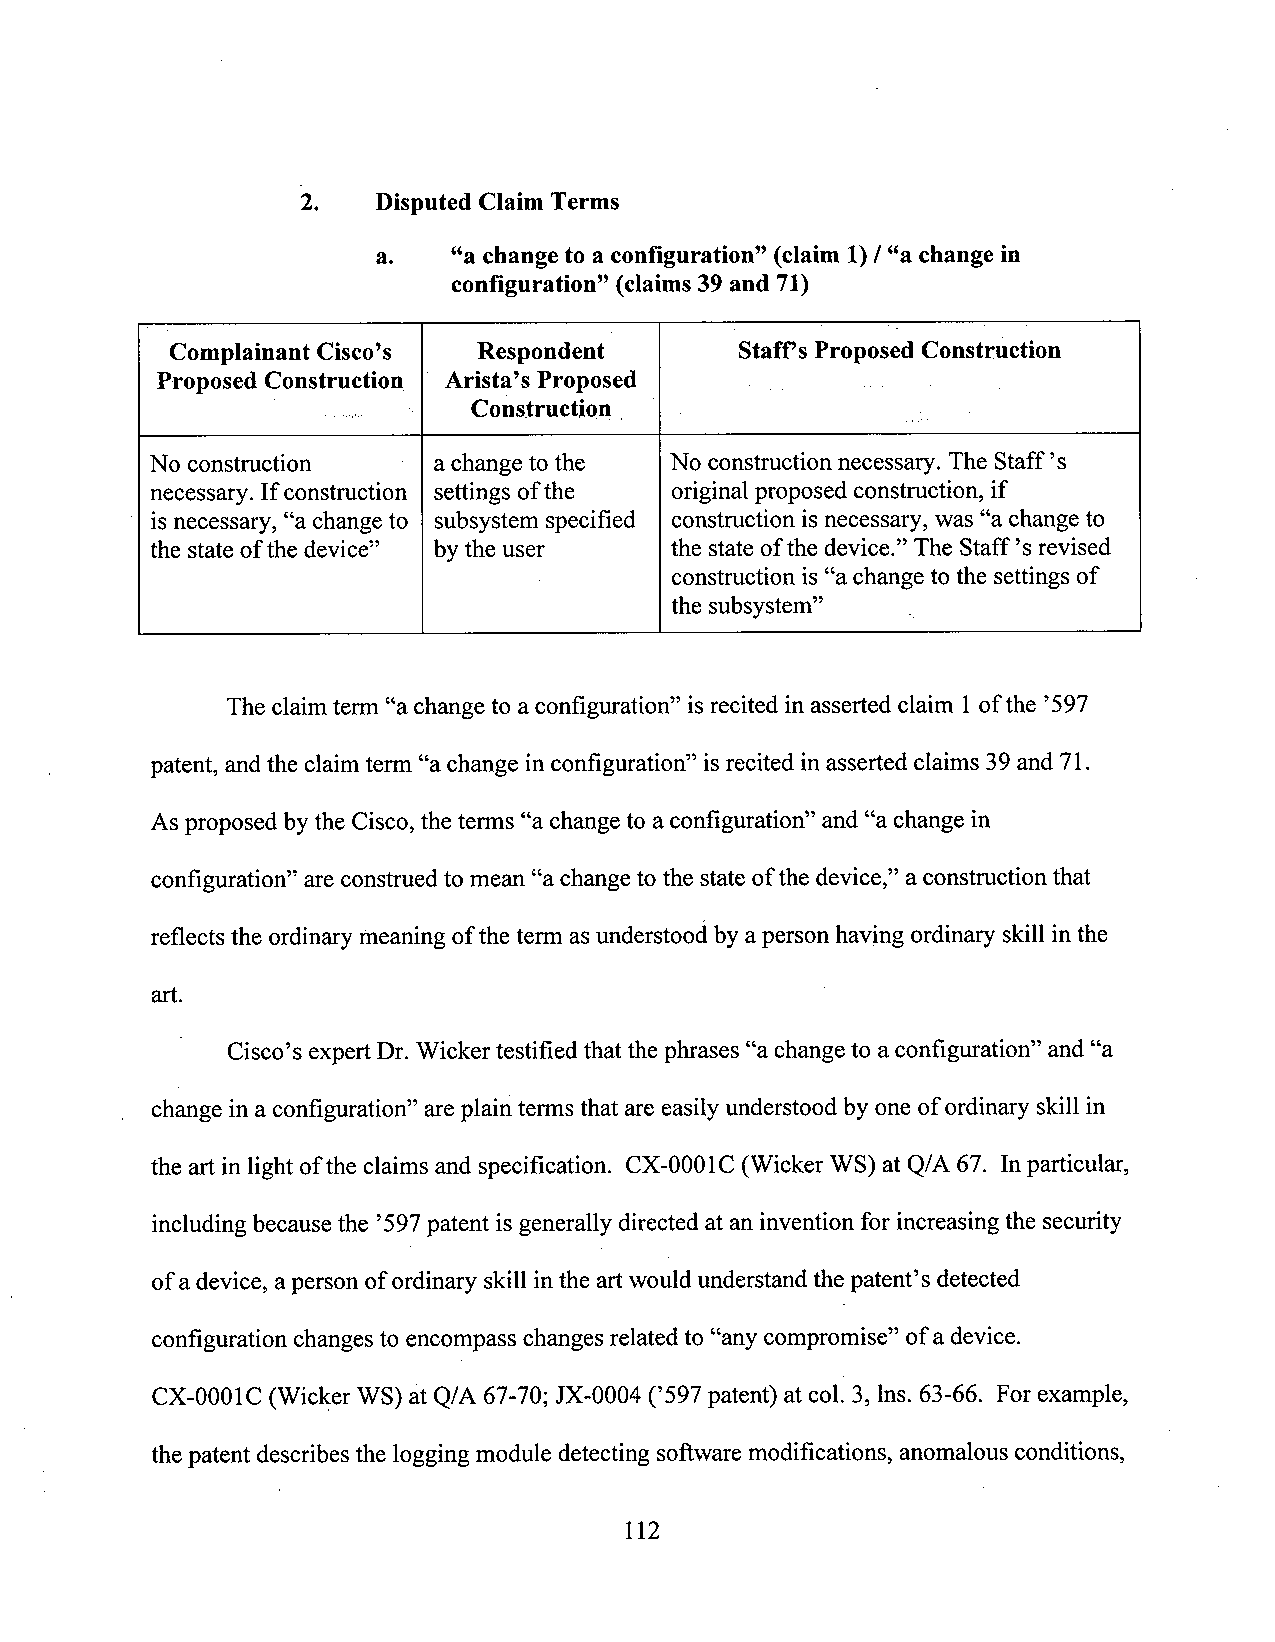
2.   Disputed Claim Terms
 a.   “a change to a configuration” (claim 1)/ “a change in
 configuration” (claims39and 71)
 Complainant Cisco’s  Respondent       Staff's Proposed Construction
 Proposed Construction Arista’s Proposed .           .
 ._...    Construction y
 No construction    achange to the No construction necessary. The Staff ’s
 necessary. If construction settings ofthe originalproposed construction, if
 isnecessary, “achange to subsystem specified construction is necessary, was “a change to
 the state of the device” bythe user the state ofthe device.” The Staff ’srevised
 t     V construction is “a change to the settings of
 the subsystem”  ,_
 The claimtenn “a change to aconfiguration” isrecited in asserted claim 1ofthe ’597
 patent, and the claim term “a change in configuration” isrecited in asserted claims 39 and 71.
 As proposed by the Cisco, the terms “a changeto aconfiguration” and “a change in
 configuration” are construedtomean “achange to the stateofthe device,” a constructionthat
 reflects the ordinarymeaning of the term asunderstood by aperson having ordinary skill inthe
 art.
 Cisco’s expertDr. Wicker testified that thephrases “a changeto aconfiguration” and “a
 change in a configuration” are plain terms that are easilyunderstood by one ofordinary skill in
 the art in light ofthe claims and specification. CX-0001C (Wicker WS) at Q/A 67. In particular,
 including because the ’597patent is generally directed at an invention for increasing the security
 ofadevice, aperson of ordinary skill inthe artwould understand the patent’s detected
 configuration changesto encompass changes related to “anycompromise” ofa device.
 CX-0001C (Wicker WS) at Q/A 67-70; JX—0O04(’597 patent) at col. 3, lns. 63-66. For example,
 thepatent describes the logging module detecting soflware modifications, anomalous conditions,
 112